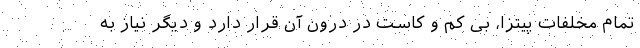
تمام مخلفات پیتزا، بی کم و کاست در درون آن قرار دارد و دیگر نیاز به